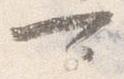
可